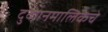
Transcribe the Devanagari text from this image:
दुकानमालिकेचे